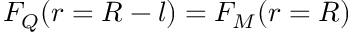
F _ { Q } ( r = R - l ) = F _ { M } ( r = R )